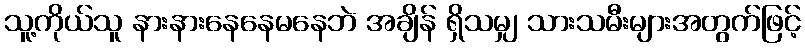
သူ့ကိုယ်သူ နားနားနေနေမနေဘဲ အချိန် ရှိသမျှ သားသမီးများအတွက်ဖြင့်